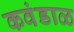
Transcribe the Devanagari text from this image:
कवंडाळ